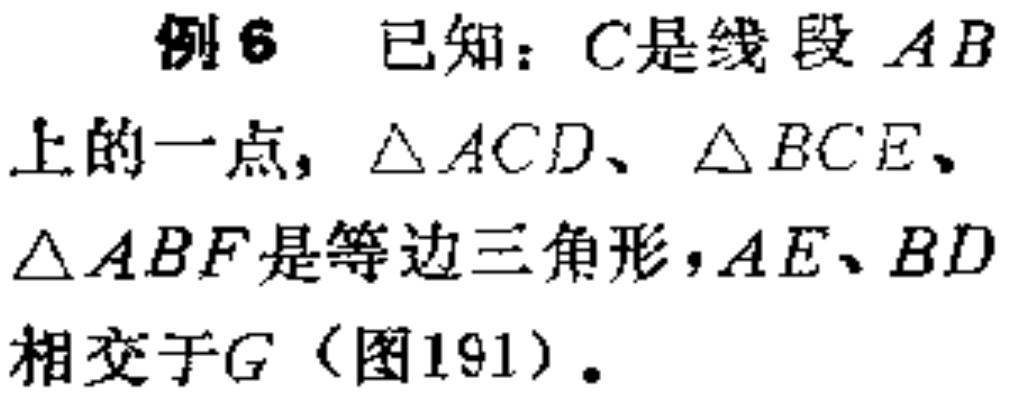
例6 已知：$C$是线段$AB$上的一点，$\triangle ACD$、$\triangle BCE$、$\triangle ABF$是等边三角形，$AE$、$BD$相交于$G$（图191）。